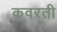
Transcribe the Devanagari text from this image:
कवरती